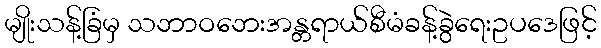
မျိုးသန့်ခြံမှ သဘာဝဘေးအန္တရာယ်စီမံခန့်ခွဲရေးဥပဒေဖြင့်